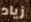
زياد